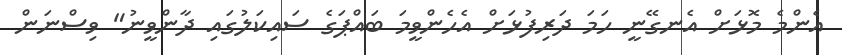
އެންމެ މޮޅަށް އެނގޭނީ ހަމަ ދަރިފުޅަށް އެހެންވީމަ ބައްޕަގެ ސައިކަލުގައި ދާންވީނު" ވިސްނަން